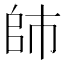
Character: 𰏙